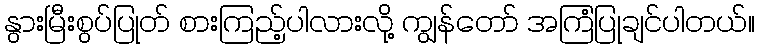
နွားမြီးစွပ်ပြုတ် စားကြည့်ပါလားလို့ ကျွန်တော် အကြံပြုချင်ပါတယ်။